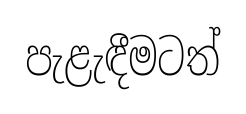
පැළැඳීමටත්